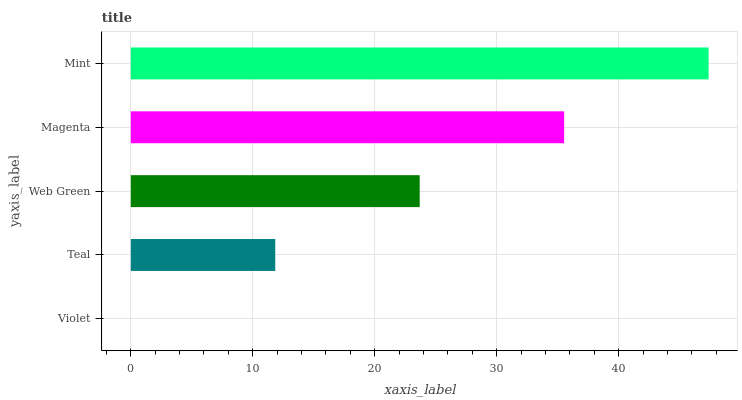
| yaxis_label | bars |
 | --- | --- |
 | Violet | 0 |
 | Teal | 11.8 |
 | Web Green | 23.7 |
 | Magenta | 35.5 |
 | Mint | 47.4 |